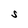
Character: S